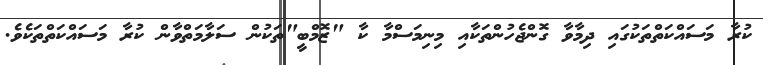
ކުރާ މަސައްކަތްތަކުގައި ދިމާވާ ގޮންޖެހުންތަކާއި މިނިމަސްމާ ކާ "ޒޮމްބީ"ތަކުން ސަލާމަތްވާން ކުރާ މަސައްކަތްތަކެވެ.